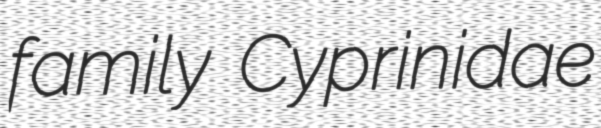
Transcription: family Cyprinidae